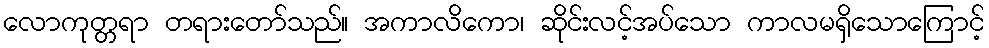
လောကုတ္တရာ တရားတော်သည်။ အကာလိကော၊ ဆိုင်းလင့်အပ်သော ကာလမရှိသောကြောင့်